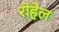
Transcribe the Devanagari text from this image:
रोहेल